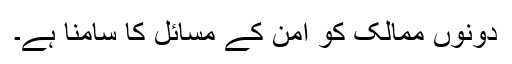
دونوں ممالک کو امن کے مسائل کا سامنا ہے۔